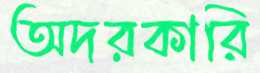
অদরকারি